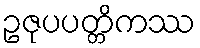
ဥဇုပပတ္တိကဿ